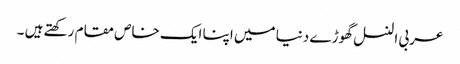
عربی النسل گھوڑے دنیا میں اپنا ایک خاص مقام رکھتے ہیں ۔